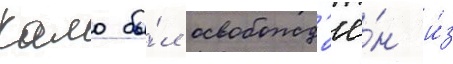
Камо бы́л освобожд'ё́н и́з